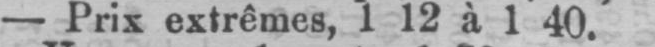
- Prix extrêmes, 1 12 à 1 40.